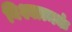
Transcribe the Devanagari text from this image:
विश्वात्मकं